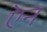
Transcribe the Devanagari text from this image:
एेन